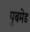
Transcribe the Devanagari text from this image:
पुबमेड